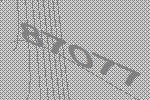
87077